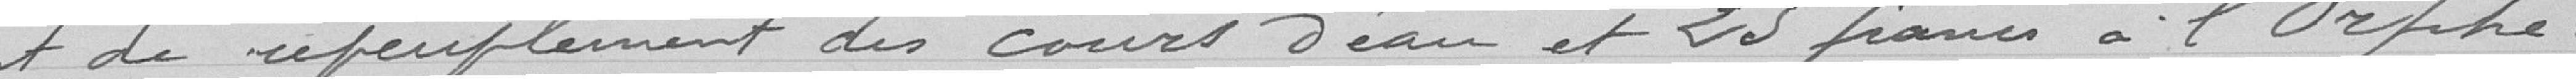
et de remplacement des cours d'eau et 25 francs à l'Orphe-